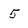
Character: 5